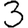
Digit: 3